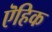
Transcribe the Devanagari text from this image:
ऎहिक